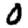
Digit: 0